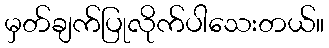
မှတ်ချက်ပြုလိုက်ပါသေးတယ်။